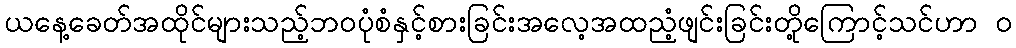
ယနေ့ခေတ်အထိုင်များသည့်ဘဝပုံစံနှင့်စားခြင်းအလေ့အထညံ့ဖျင်းခြင်းတို့ကြောင့်သင်ဟာ ၀